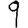
Digit: 9